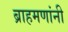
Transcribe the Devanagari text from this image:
ब्राहमणांनी